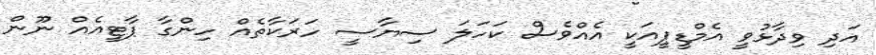
އަދި ވިދާޅުވީ އެމްޑީޕީއަކީ އެއްވެސް ކަހަލަ ސިޔާސީ ހަރަކާތެއް ހިންގާ ޕާޓީއެއް ނޫން